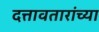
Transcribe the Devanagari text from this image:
दत्तावतारांच्या